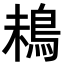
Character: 𩿲